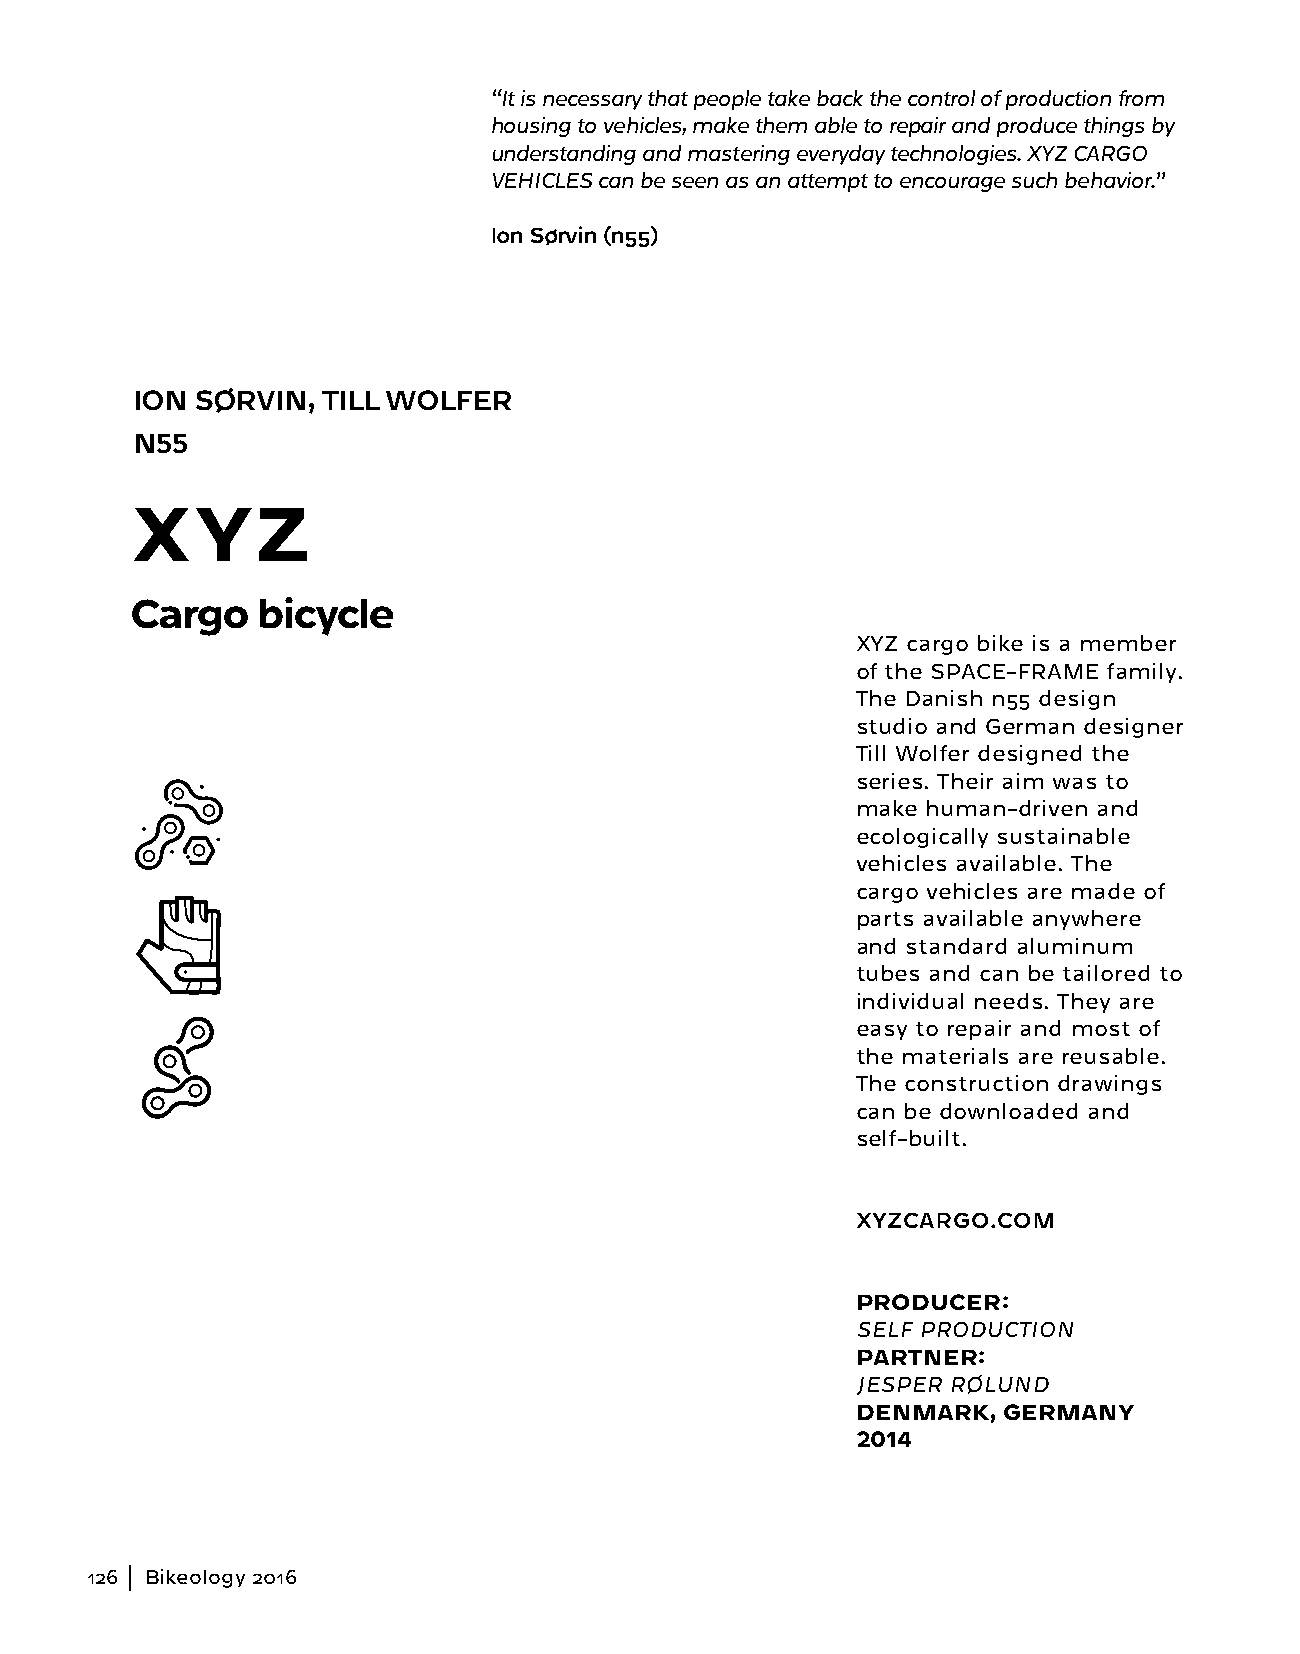
“It is necessary that people take back the control of production from
 housing to vehicles, make them able to repair and produce things by
 understanding and mastering everyday technologies. XYZ CARGO
 VEHICLES can be seen as an attempt to encourage such behavior.”
 Ion Sørvin (n55)
 ION SØRVIN, TILL WOLFER
 N55
 XYZ
 Cargo   bicycle
 XYZ cargo bike is a member
 of the SPACE-FRAME family.
 The Danish n55 design
 studio and German designer
 Till Wolfer designed the
 series. Their aim was to
 make human-driven and
 ecologically sustainable
 vehicles available. The
 cargo vehicles are made of
 parts available anywhere
 and standard aluminum
 tubes and can be tailored to
 individual needs. They are
 easy to repair and most of
 the materials are reusable.
 The construction drawings
 can be downloaded and
 self-built.
 XYZCARGO.COM
 PRODUCER:
 SELF PRODUCTION
 PARTNER:
 JESPER RØLUND
 DENMARK, GERMANY
 2014
 126 Bikeology 2016